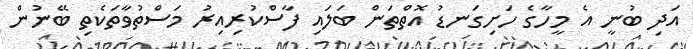
އަދި ބުނީ އެ މީހާގެ ހަށިގަނޑު އޮތްތަން ބަލައި ފާސްކުރިއިރު މަސްތުވާތަކެތި ބޭނުން